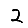
Digit: 2